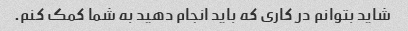
شاید بتوانم در کاری که باید انجام دهید به شما کمک کنم.